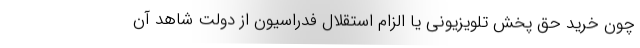
چون خرید حق پخش تلویزیونی یا الزام استقلال فدراسیون از دولت شاهد آن